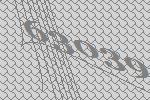
63039